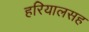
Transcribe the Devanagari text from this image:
हरियालसह